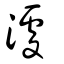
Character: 澽